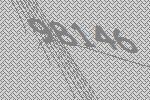
98146